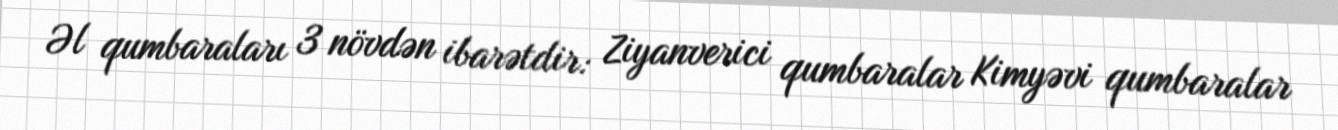
Əl qumbaraları 3 növdən ibarətdir: Ziyanverici qumbaralar Kimyəvi qumbaralar